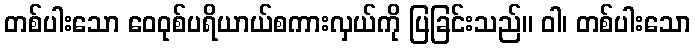
တစ်ပါးသော ဝေဝုစ်ပရိယာယ်စကားလှယ်ကို ပြခြင်းသည်။ ဝါ၊ တစ်ပါးသော